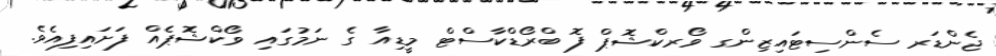
ޖެންޑަރ ސެންސިޓައިޒިންގ ވޯރކްޝޮޕް ފޮ ބްރޯޑްކާސްޓް މީޑިއާ ގެ ނަމުގައި ވޯކްޝޮޕެއް ފަށައިފިއެވެ.